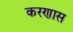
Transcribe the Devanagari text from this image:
करणास